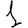
Digit: 1